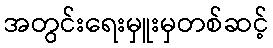
အတွင်းရေးမှူးမှတစ်ဆင့်